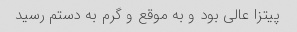
پیتزا عالی بود و به موقع و گرم به دستم رسید